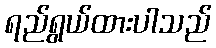
ရည်ရွယ်ထားပါသည်